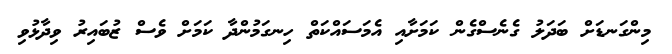
މިންގަނޑަށް ބަދަލު ގެނެސްގެން ކަމަށާއި އެމަސައްކަތް ހިނގަމުންދާ ކަމަށް ވެސް ޒުބައިރު ވިދާޅުވި